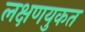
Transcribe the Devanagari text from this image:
लक्षणयुकत